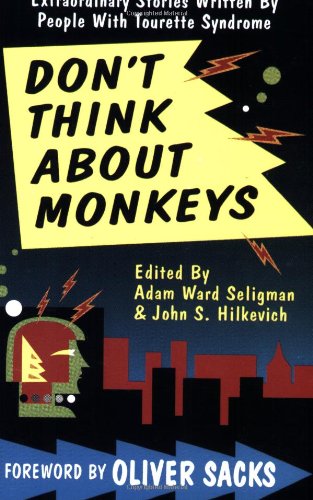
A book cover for Don't Think About Monkeys. Extraordinary Stories Written by People with Tourette Syndrome; Health, Fitness & Dieting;